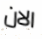
الان